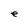
Character: e